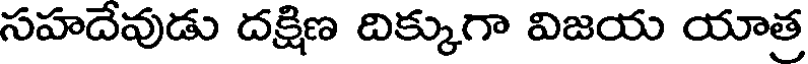
సహదేవుడు దక్షిణ దిక్కుగా విజయ యాత్ర